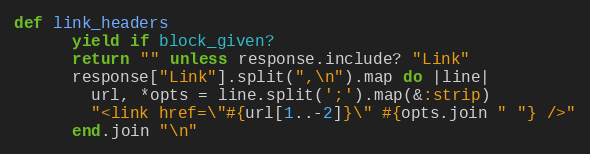
Language: Ruby
def link_headers
      yield if block_given?
      return "" unless response.include? "Link"
      response["Link"].split(",\n").map do |line|
        url, *opts = line.split(';').map(&:strip)
        "<link href=\"#{url[1..-2]}\" #{opts.join " "} />"
      end.join "\n"